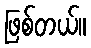
ဖြစ်တယ်။